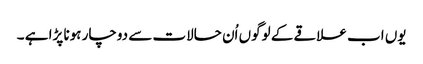
یوں اب علاقے کے لوگوں اُن حالات سے دوچار ہونا پڑا ہے ۔